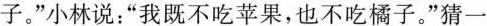
子。“小林说：”我既不吃苹果，也不吃橘子。”猜一